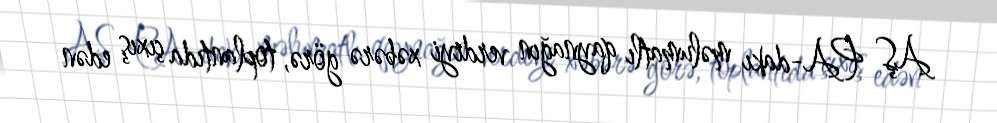
AŞ PA-dakı məlumatlı qaynağın verdiyi xəbərə görə, toplantıda çıxış edən